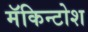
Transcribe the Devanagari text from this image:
मॅकिन्टोश